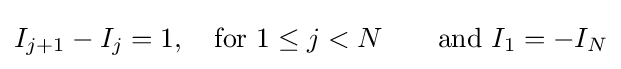
I_{j+1}-I_{j}=1,\quad {\rm {for}}\ 1\leq j<N\qquad {\text{and }}I_{1}=-I_{N}